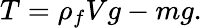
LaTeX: T=\rho_{f}Vg-mg.